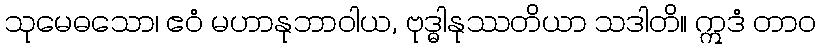
သုမေဓသော၊ ဧဝံ မဟာနုဘာဝါယ, ဗုဒ္ဓါနုဿတိယာ သဒါတိ။ ဣဒံ တာဝ